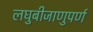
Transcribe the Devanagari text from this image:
लघुबीजाणुपर्ण